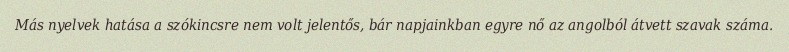
Más nyelvek hatása a szókincsre nem volt jelentős, bár napjainkban egyre nő az angolból átvett szavak száma.